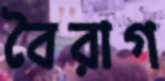
বৈরাগ